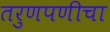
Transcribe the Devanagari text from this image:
तरुणपणीचा